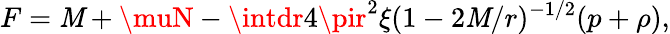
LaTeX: F=\mathit{M}+\muN-\intdr4\pir^{2}\xi(1-2{\cal{\mathit{M}}}/r)^{-1/2}(p+\rho),